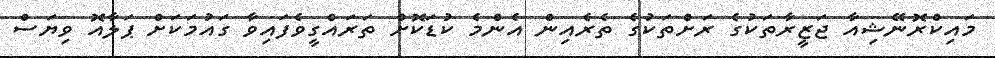
މައިކްރޮނޭޝިއާ ޖަޒީރާތަކުގެ ރަށްތަކުގެ ތެރެއިން އެންމެ ކުޑަކޮށް ތަރައްގީވެފައިވާ ގައުމަކަށް ޕަލާއޮ ވިޔަސް